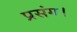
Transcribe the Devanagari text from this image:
प्रसंग।